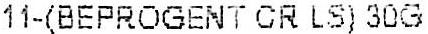
11-(BEPROGENT CR LS) 30G